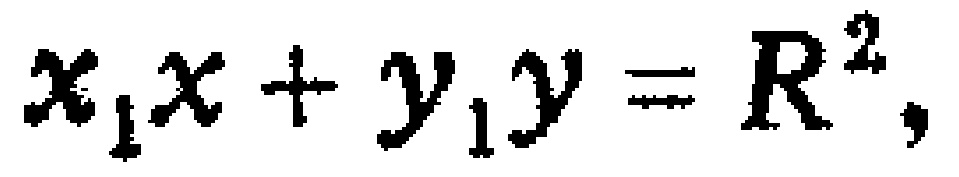
\(x_{1}x + y_{1}y = R^{2},\)